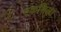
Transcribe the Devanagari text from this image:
एकशिला